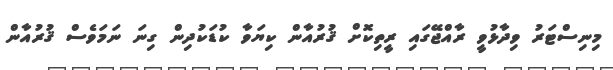
މިނިސްޓަރު ވިދާޅުވީ ރާއްޖޭގައި ރީތިކޮށް ޤުރުއާން ކިޔަވާ ކުޑަކުދިން ގިނަ ނަމަވެސް ޤުރުއާން